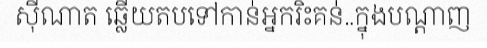
ស៊ីណាត ឆ្លើយតបទៅកាន់អ្នករិះគន់..ក្នុងបណ្តាញ